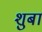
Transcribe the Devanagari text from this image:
शुबा